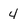
Character: 4